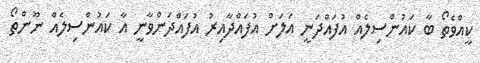
ކީއްވެތޯ ބާ ކައުންސިލެއް އުފައްދަނީ އަލަށް އުފައްދާއިރު އުފައްދަންވާނީ އާ ކައުންސިލެއް ނޫންތޯ